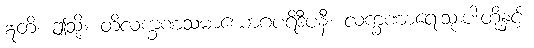
ဣတိ၊ ဤသို့။ တိလက္ခဏသမာယောဂပရိဒီပနီ၊ လက္ခဏာရေးသုံးပါးတို့နှင့်